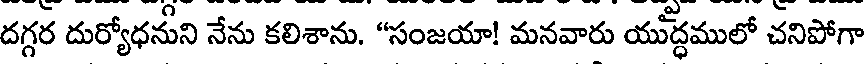
దగ్గర దుర్యోధనుని నేను కలిశాను. "సంజయా! మనవారు యుద్ధములో చనిపోగా